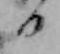
日